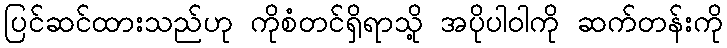
ပြင်ဆင်ထားသည်ဟု ကိုစံတင်ရှိရာသို့ အပိုပါဝါကို ဆက်တန်းကို